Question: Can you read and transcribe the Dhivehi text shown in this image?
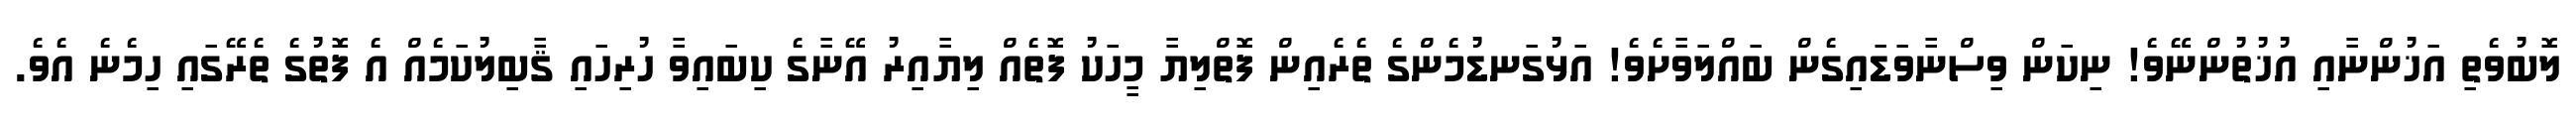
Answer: ލޮބުވެތި އަޚުންނާއި އުޚުތުންނޭވެ! ނިކަން ވިސްނާވަޑައިގެން ބައްލަވާށެވެ! އަޅުގަނޑުމެންގެ ތެރެއިން ފޮތްލިޔާ މީހަކު ފޮތެއް ލިޔާއިރު އޭނާގެ ކިބައިވާ ހުރިހައި ޤާބިލުކަމެއް އެ ފޮތުގެ ތެރޭގައި ހިމެނެ އެވެ.